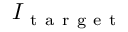
I _ { \mathrm { ~ t ~ a ~ r ~ g ~ e ~ t ~ } }